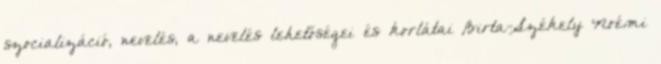
szocializáció, nevelés, a nevelés lehetőségei és korlátai Birta-Székely Noémi